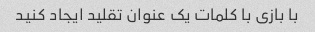
با بازی با کلمات یک عنوان تقلید ایجاد کنید